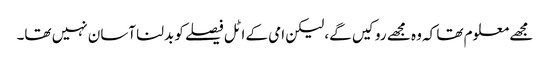
مجھے معلوم تھا کہ وہ مجھے روکیں گے، لیکن امی کے اٹل فیصلے کو بدلنا آسان نہیں تھا۔